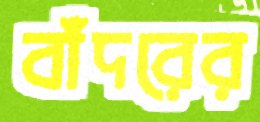
বাঁদরের